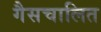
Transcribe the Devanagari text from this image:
गैसचालित